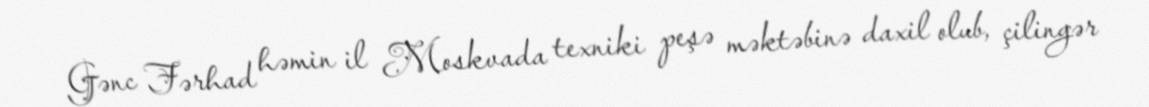
Gənc Fərhad həmin il Moskvada texniki peşə məktəbinə daxil olub, çilingər